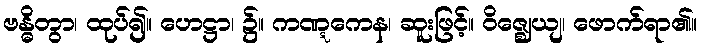
ဗန္ဓိတွာ၊ ထုပ်၍။ ဟေဋ္ဌာ၊ ၌။ ကဏ္ဋကေန၊ ဆူးဖြင့်။ ဝိဇ္ဈေယျ၊ ဖောက်ရာ၏။